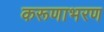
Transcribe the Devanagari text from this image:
करूणाभरण